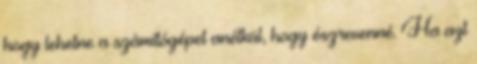
hogy lehetne a számítógépet anélkül, hogy észrevenné. Ha azt